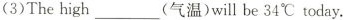
(3)The high___(气温)will be 34℃ today.